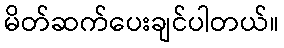
မိတ်ဆက်ပေးချင်ပါတယ်။